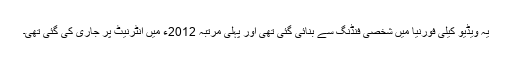
یہ ویڈیو کیلی فورنیا میں شخصی فنڈنگ سے بنائی گئی تھی اور پہلی مرتبہ 2012ء میں انٹرنیٹ پر جاری کی گئی تھی۔